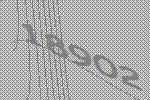
18902